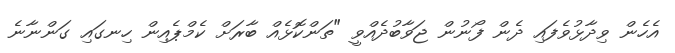
އެހެން ވިދާޅުވެފައި ދެން ފޯނުން ޖަވާބުދެއްވީ "ތަންކޮޅެއް ބާރަށް ކެމްޕެއިން ހިނގައި ގަންނާނެ